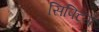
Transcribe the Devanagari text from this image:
सिफ्टिंग